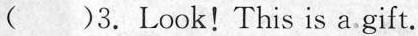
( )3.Look!This is a gift.